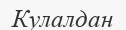
Кулалдан